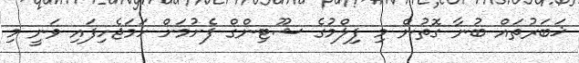
ޚަބަރުތައް ބުނާ ގޮތުން މި ފިލްމުގެ ޝޫޓިންގް ފެށުމަށް ހަމަޖެހިފައި ވަނީ މި